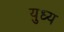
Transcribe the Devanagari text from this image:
युध्य